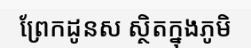
ព្រែកដូនស ស្ថិតក្នុងភូមិ